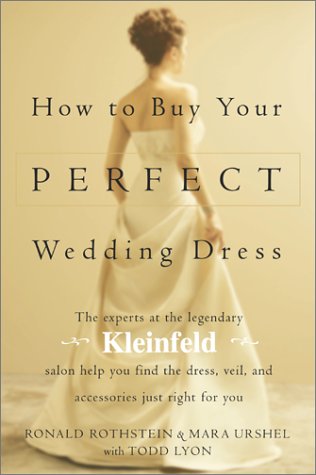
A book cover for How to Buy Your Perfect Wedding Dress; Ronald Rothstein; Crafts, Hobbies & Home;